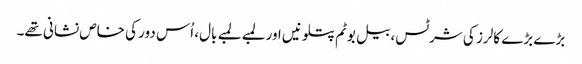
بڑے بڑے کالرز کی شرٹس، بیل بوٹم پتلونیں اور لمبے لمبے بال، اُس دور کی خاص نشانی تھے۔